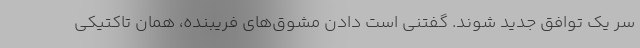
سر یک توافق جدید شوند. گفتنی است دادن مشوق‌های فریبنده، همان تاکتیکی